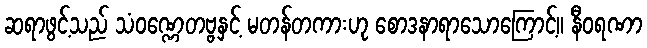
ဆရာဖွင့်သည် သံဝဏ္ဏေတဗ္ဗနှင့် မတန်တကားဟု စောဒနာရာသောကြောင့်။ နီဝရဏာ